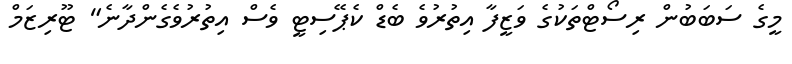
މީގެ ސަބަބުން ރިސޯޓްތަކުގެ ވަޒީފާ އިތުރުވެ ބެޑް ކެޕޭސިޓީ ވެސް އިތުރުވެގެންދާނެ" ޓޫރިޒަމް